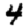
Digit: 4